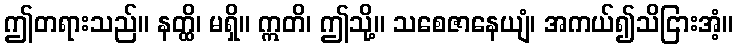
ဤတရားသည်။ နတ္ထိ၊ မရှိ။ ဣတိ၊ ဤသို့။ သစေဇာနေယျံ၊ အကယ်၍သိငြားအံ့။